Eesti_Rahvusfond, lk 7
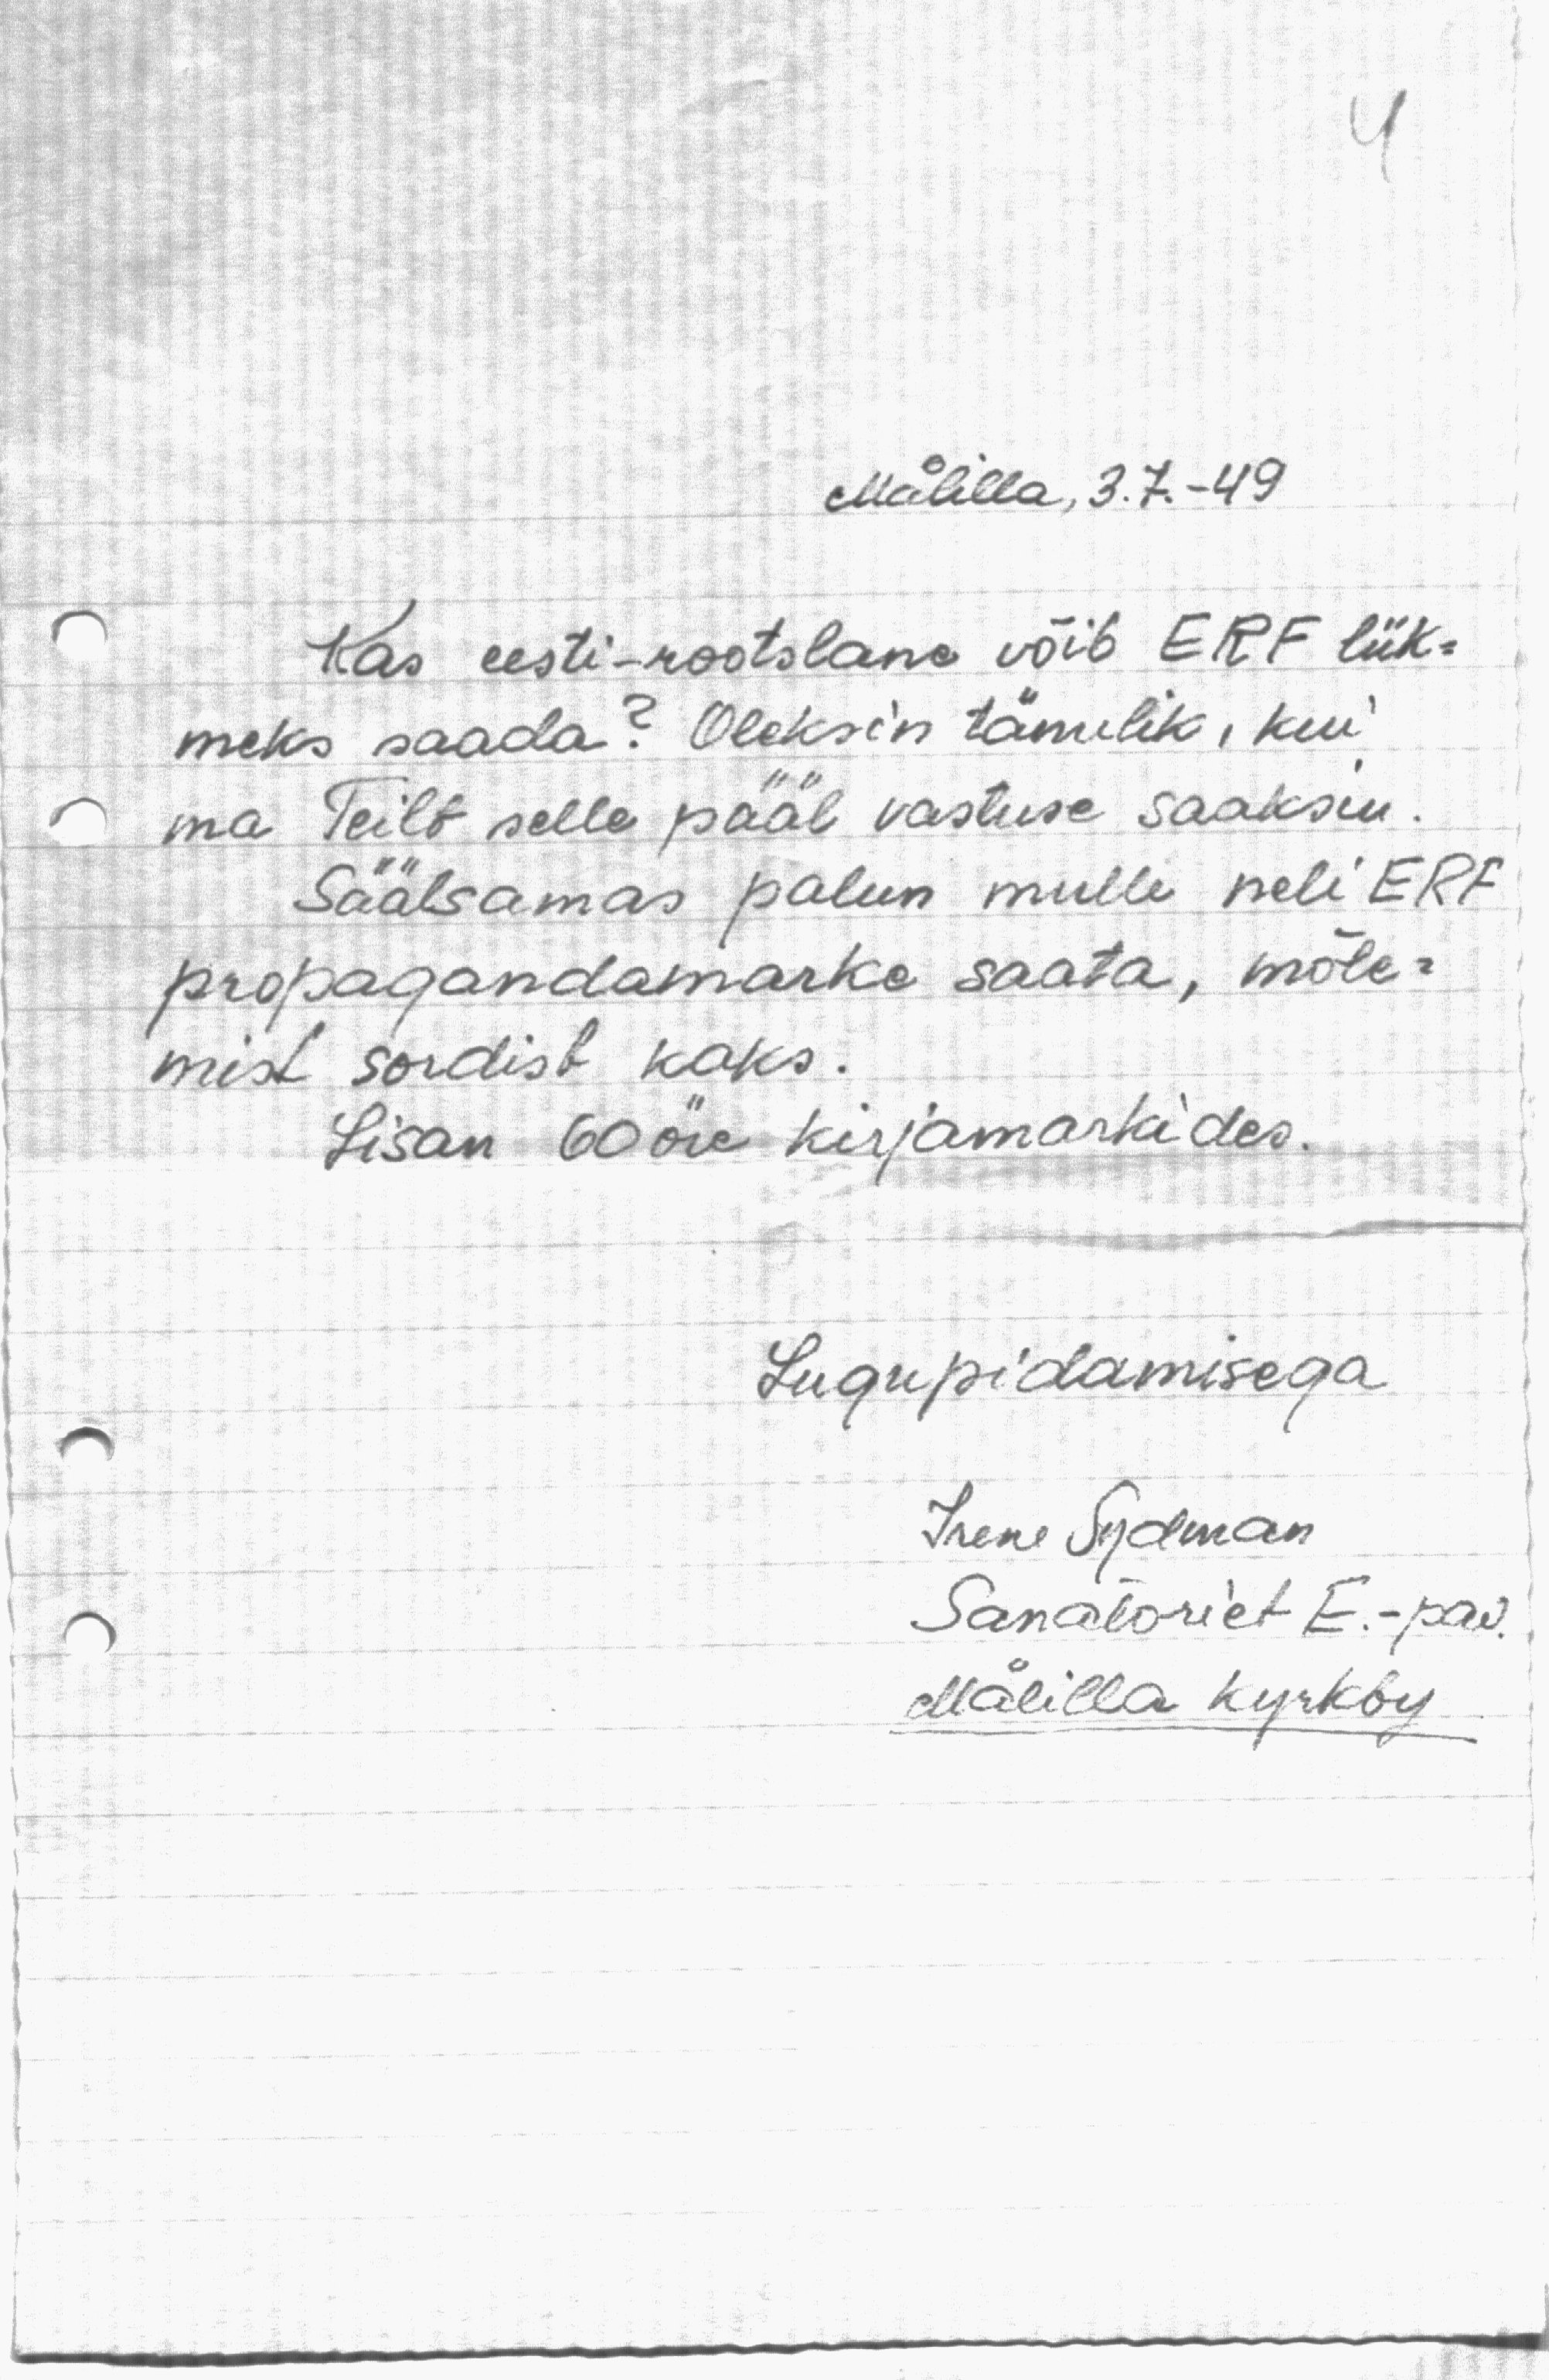
Mälilla, 3.7.-49
Kas eesti-rootslane võib ERF liik-
meks saada? Oleksin tänulik, kui
ma Teilt selle pääl vastuse saaksin
Säälsamas palun mulle neli ERF
propagandamarke saata, mõle-
mist sordist kaks.
Lisan 60 öre kirjamarkides.
Lugupidamisega
Irene Sudman
Sanatoriet E.-pae.
Mälilla kyrkby